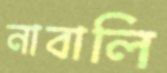
নাবালি